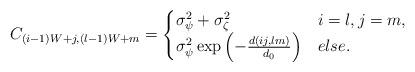
LaTeX: \begin{align*}C_{(i-1)W+j,(l-1)W+m}=\begin{cases}\sigma_\psi^2+\sigma_\zeta^2&i=l,j=m,\\\sigma_\psi^2 \exp\left(-\frac{d(ij,lm)}{d_0}\right)&else.\end{cases}\end{align*}